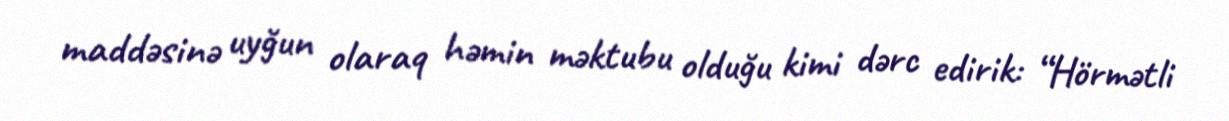
maddəsinə uyğun olaraq həmin məktubu olduğu kimi dərc edirik: “Hörmətli